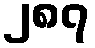
၂၈၇